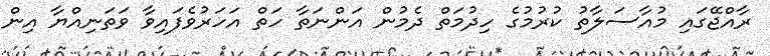
ރާއްޖޭގައި މުއާސަލާތު ކުރުމުގެ ހިދުމަތް ދެމުން އަންނަތާ ހަތް އަހަރުވެފައިވާ ވަތަނިއްޔާ އިން